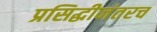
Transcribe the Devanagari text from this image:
प्रसिद्धीनंतरच